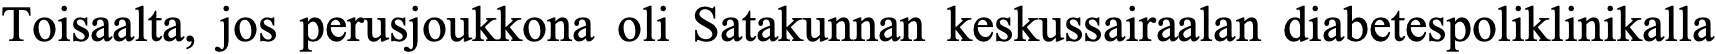
Toisaalta, jos perusjoukkona oli Satakunnan keskussairaalan diabetespoliklinikalla